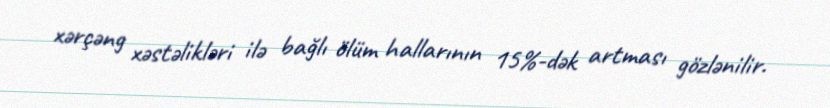
xərçəng xəstəlikləri ilə bağlı ölüm hallarının 15%-dək artması gözlənilir.